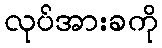
လုပ်အားခကို